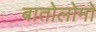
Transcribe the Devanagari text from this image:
बातोलोमो